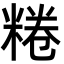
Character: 䊎